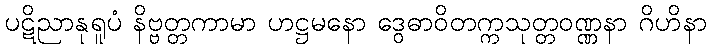
ပဋိညာနုရူပံ နိဗ္ဗတ္တကာမာ ဟဋ္ဌမနော ဒွေဓာဝိတက္ကသုတ္တဝဏ္ဏနာ ဂိဟိနာ